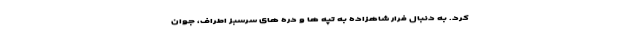
کرد. به دنبال فرار شاهزاده به تپه ها و دره های سرسبز اطراف، جوان